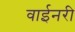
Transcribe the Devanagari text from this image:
वाईनरी